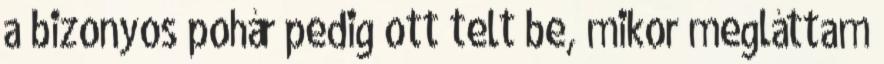
a bizonyos pohár pedig ott telt be, mikor megláttam